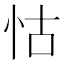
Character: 怙